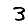
Digit: 3